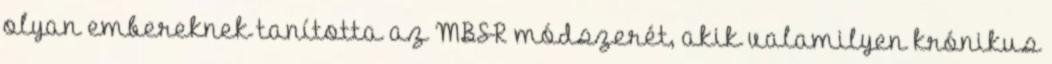
olyan embereknek tanította az MBSR módszerét, akik valamilyen krónikus